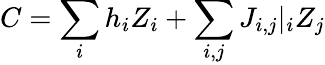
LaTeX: C=\sum_{i}h_{i}Z_{i}+\sum_{i,j}J_{i,j}|_{i}Z_{j}